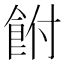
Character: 𩚭